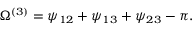
\Omega ^ { ( 3 ) } = \psi _ { 1 2 } + \psi _ { 1 3 } + \psi _ { 2 3 } - \pi .